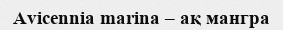
Avicennia marina – ақ мангра